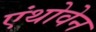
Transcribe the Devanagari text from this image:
एंथोवेन